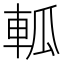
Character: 軱